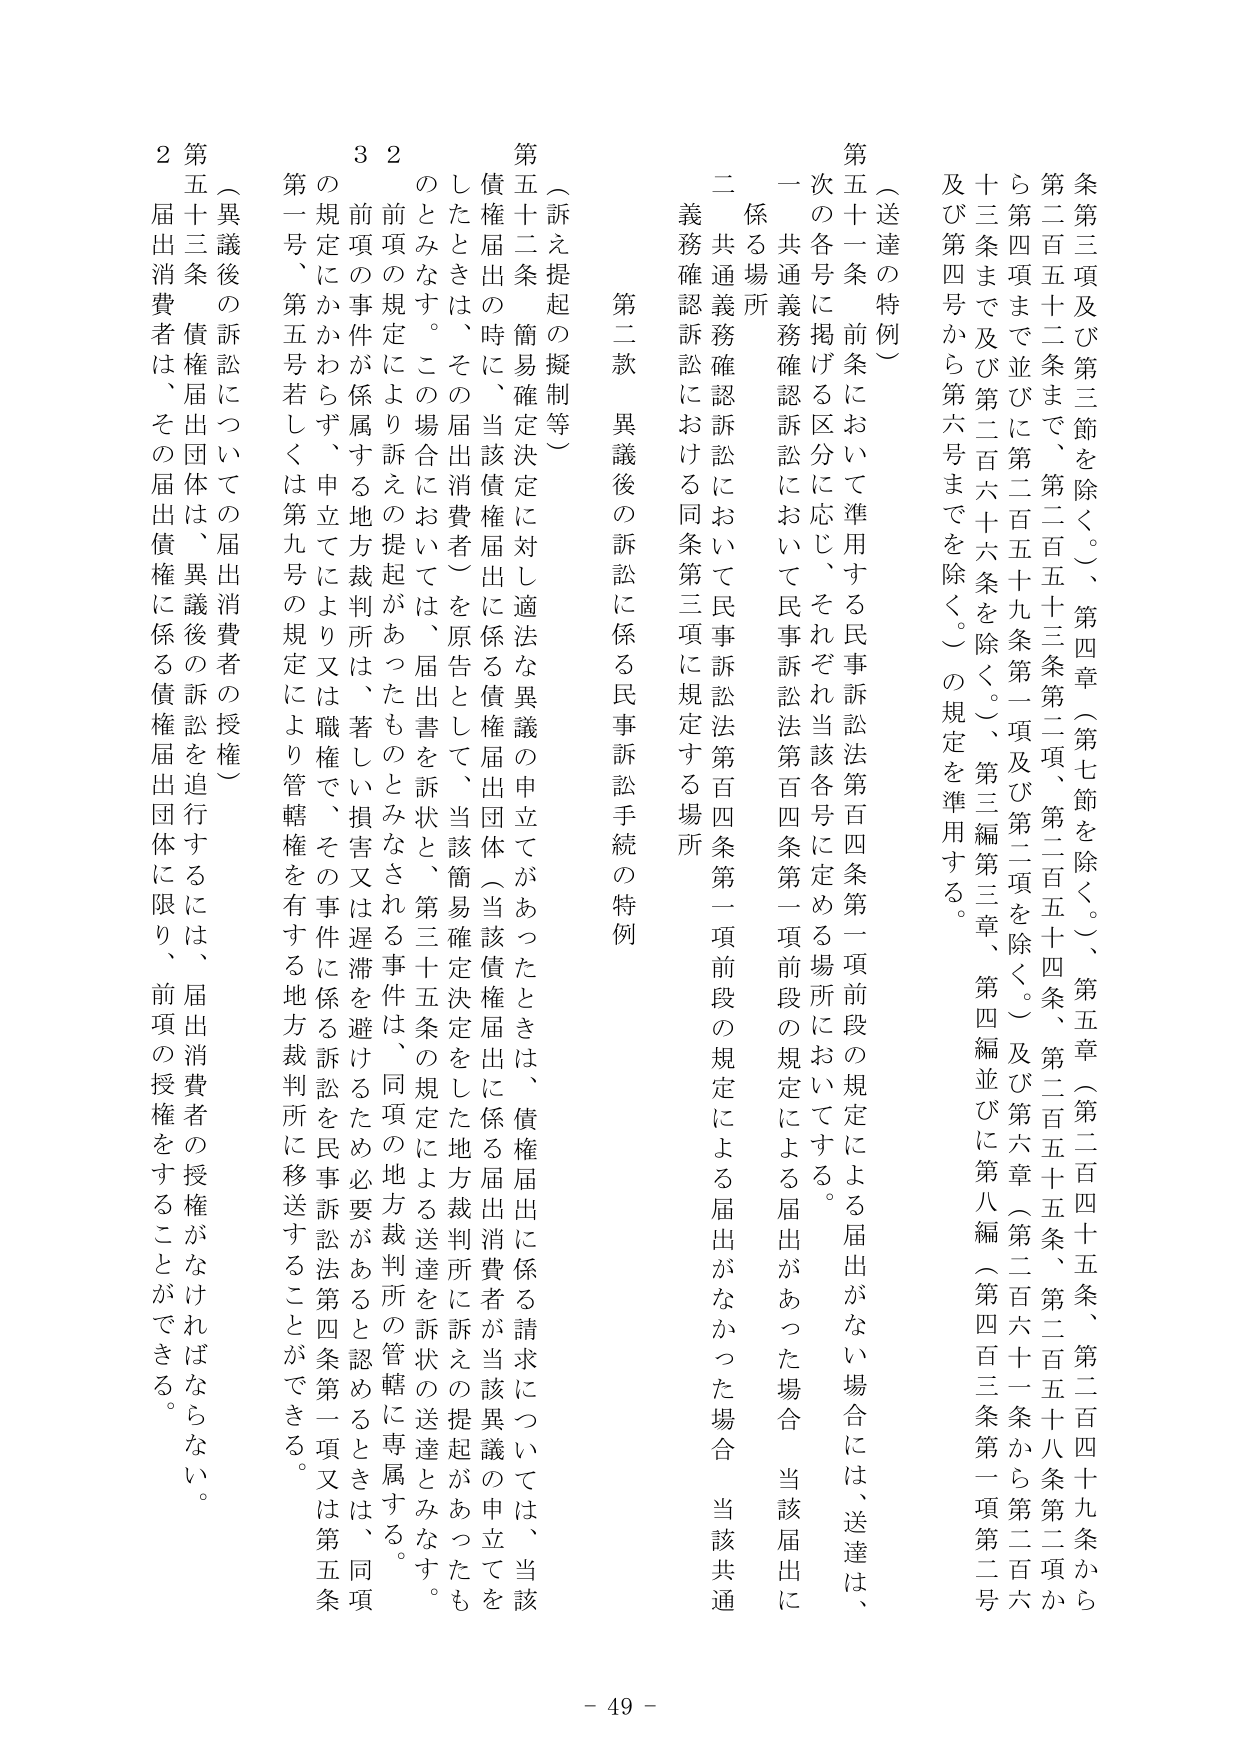
条第三項及び第三節を除く。）、第四章（第七節を除く。）、第五章（第二百四十五条、第二百四十九条から第二百五十二条まで、第二百五十三条第二項、第二百五十四条、第二百五十五条、第二百五十八条第二項から第四項まで並びに第二百五十九条第一項及び第二項を除く。）及び第六章（第二百六十一条から第二百六十三条まで及び第二百六十六条を除く。）、第三編第三章、第四編並びに第八編（第四百三条第一項第二号及び第四号から第六号までを除く。）の規定を準用する。

（送達の特例）
第五十一条 前条において準用する民事訴訟法第百四条第一項前段の規定による届出がない場合には、送達は、次の各号に掲げる区分に応じ、それぞれ当該各号に定める場所においてする。

一 係る場所
共通義務確認訴訟において民事訴訟法第百四条第一項前段の規定による届出があった場合、当該届出に係る場所

二 共通義務確認訴訟において民事訴訟法第百四条第一項前段の規定による届出がなかった場合、当該共通義務確認訴訟における同条第三項に規定する場所

第二款 異議後の訴訟に係る民事訴訟手続の特例

（訴え提起の擬制等）
第五十二条 簡易確定決定に対し適法な異議の申立てがあったときは、債権届出に係る請求については、当該債権届出の時に、当該債権届出に係る債権届出団体（当該債権届出に係る届出消費者が当該異議の申立てをしたときは、その届出消費者）を原告として、当該簡易確定決定をした地方裁判所に訴えの提起があったものとみなす。この場合においては、届出書を訴状と、第三十五条の規定による送達を訴状の送達とみなす。

２ 前項の規定により訴えの提起があったものとみなされる事件は、同項の地方裁判所の管轄に専属する。

３ 前項の事件が係属する地方裁判所は、著しい損害又は遅滞を避けるため必要があると認めるときは、同項の規定にかかわらず、申立てにより又は職権で、その事件に係る訴訟を民事訴訟法第四条第一項又は第五条第一号、第五号若しくは第九号の規定により管轄権を有する地方裁判所に移送することができる。

（異議後の訴訟についての届出消費者の授権）
第五十三条 債権届出団体は、異議後の訴訟を追行するには、届出消費者の授権がなければならない。２ 届出消費者は、その届出債権に係る債権届出団体に限り、前項の授権をすることができる。

- 49 -